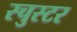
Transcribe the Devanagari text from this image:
स्चुस्टर